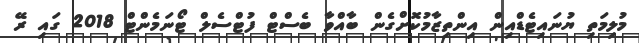
މުލިމަތި ޔުނައިޓެޑްއިން އިންތިޒާމުކޮށްގެން ބާއްވާ ބެސްޓް ފުޓްސެލް ޓޯނަމެންޓް 2018 ގައި ރޭ